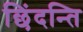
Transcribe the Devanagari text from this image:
छिंदन्ति